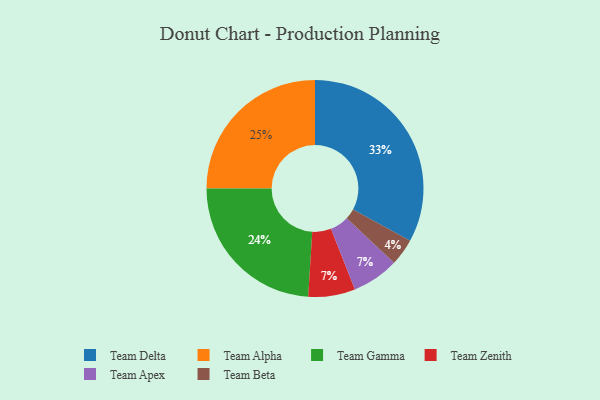
{"axis": {"x": "Category", "y": "Percentage"}, "legend": ["Team Alpha", "Team Apex", "Team Beta", "Team Delta", "Team Gamma", "Team Zenith"], "data": [{"x": "Team Zenith", "y": 7, "type": "Team Zenith"}, {"x": "Team Apex", "y": 7, "type": "Team Apex"}, {"x": "Team Gamma", "y": 24, "type": "Team Gamma"}, {"x": "Team Delta", "y": 33, "type": "Team Delta"}, {"x": "Team Beta", "y": 4, "type": "Team Beta"}, {"x": "Team Alpha", "y": 25, "type": "Team Alpha"}]}